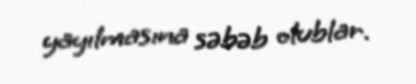
yayılmasına səbəb olublar.